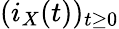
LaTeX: (i_{X}(t))_{t\geq 0}